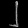
Digit: ၂